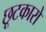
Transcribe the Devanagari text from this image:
छूटकारो